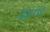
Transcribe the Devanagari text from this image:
वथ्यर